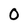
Character: O